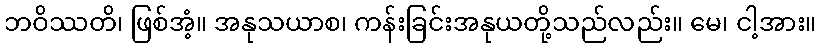
ဘဝိဿတိ၊ ဖြစ်အံ့။ အနုသယာစ၊ ကန်းခြင်းအနုယတို့သည်လည်း။ မေ၊ ငါ့အား။